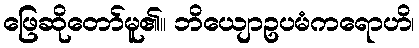
ဖြေဆိုတော်မူ၏။ ဘိယျောဥပမံကရောဟိ၊